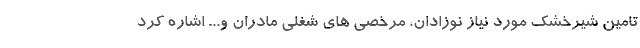
تامین شیرخشک مورد نیاز نوزادان، مرخصی های شغلی مادران و... اشاره کرد